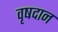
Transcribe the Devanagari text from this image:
वृषदान